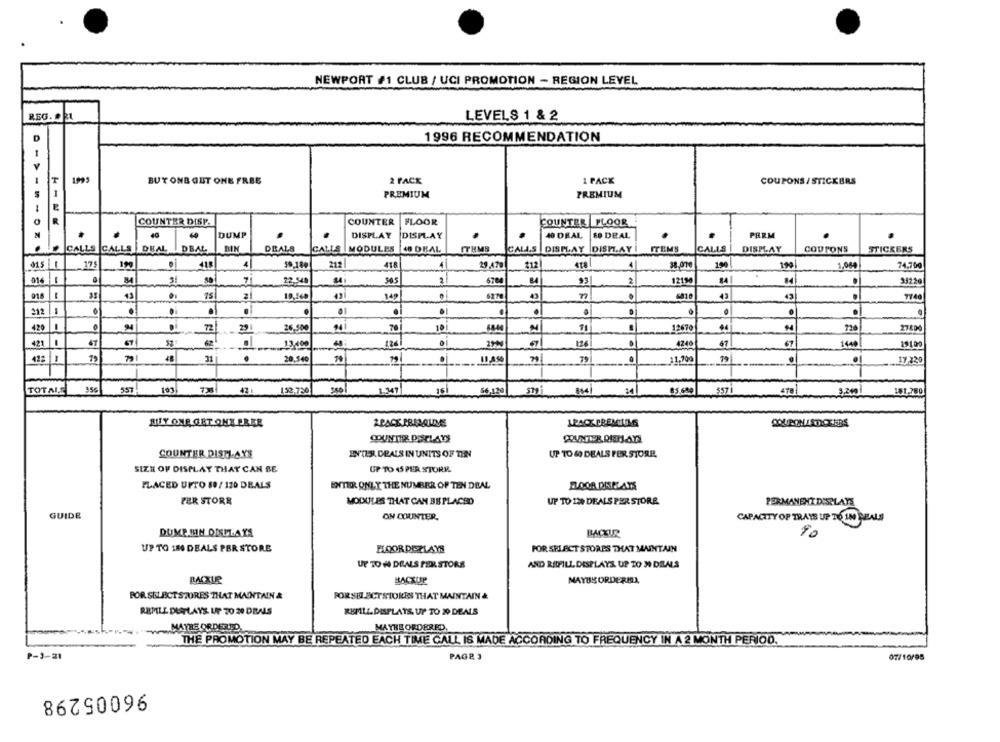
NEWPORT #1 CLUB / UCI PROMOTION - REGION LEVEL
REG. ..
LEVELS 1 & 2
D
1996 RECOMMENDATION
1995
1 PACK
BUY ONE GET ONE FREE
2 PACK
COUPONS/ STICKERS
PREMIUM
PREMIUM
COUNTER DISP.
COUNTER
FLOOR
COUNTER |PLOOR
40
DUMP
DISPLAY
DISPLAY
40 DEAL
50 DEAL
PHRM
CALLS CALLS DEAL DBAL
BIN
DEALS
CALLS MODULES 40 DEAL
ITEMS
CALLS DISPLAY DISPLAY I
ITEMS
CALLS
DISPLAY
COUPONS
STICKERS
915 1
175
199
418
4
212
418
4
29.470
212|
4
38,070
19
199|
1,069
74,700
-
Si
22.548
505
6700
2
12150
84
33220
014
1
43
75
10,560
43
43
.
43
7140
212
.
.
.
.
.
420
26.500
"4
10
44
27400
72
29 |
70
11
12670
421
-
47
57
62
4240
1440
13400
124
126
67
67
19100
422 1
31
20,540
.
79
11.700
79
17.130
-
TOTALE
356
557
132.730
16
56,120
$5.600
557
478
3.249
181,750
BUY ONE GET ONE EREE
APACE PRESQUME
LPACK PREMIUMS
COUNTER DISTI-AYS
ENTES DEALS IN UNITS OF TEN
UP TO 60 DEALS PER STORR.
SIZE OF DISPLAY THAT CAN BE
UP TO 45 PER STORE
PLACED UFTO 89/ 120 DEALS
ENTER ONLY THE NUMBER OF TEN DEAL
DOOR DISPLAYS
PER STORE
MODULES THAT CAN BEPLACED
UP TO 120 DEALS PER STORE
PERMANENT DIRLAYE
GUIDE
ON COUNTER.
CAPACITY OP TRAYS UP TO IN SEALS
DUMP.BIN OUILAYS
BACKUR
10
UP TO 180 DEALS PER STORE
HOOR DISPLAYS
POR SELECT STORES THAT MAINTAIN
UY TO # DEALS PER STORS
AND REFILL DISPLAYS UP TO 30 DEALS
BACXLR
MAYUS ORDERMI,
BACKUP
POR SELECT STORES THAT MAINTAIN &
FORSELECTSTORES THAT MAINTAIN &
REFILL DISPLAYS UIF 20 20 DEALS
RUSPILL DISPLAYS UP TO 20 DEALS
MATHE ORDERLED,
MAYHE ORDERED
THÉ PROMOTION MAY BE REPEATED EACH TIME CALL IS MADE ACCORDING TO FREQUENCY IN A 2 MONTH PERIOD.
P-3-21
PAG23
07/10/05
96005298